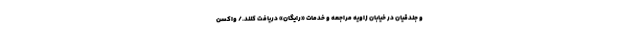
و جندقیان در خیابان زاویه مراجعه و خدمات «رایگان» دریافت کنند./ واکسن